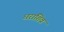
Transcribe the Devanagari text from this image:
धराशिव